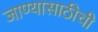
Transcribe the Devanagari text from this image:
जाण्यासाठीची